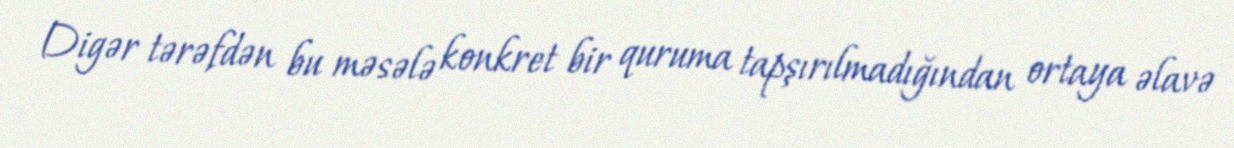
Digər tərəfdən bu məsələ konkret bir quruma tapşırılmadığından ortaya əlavə